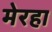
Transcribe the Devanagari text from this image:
मेरहा